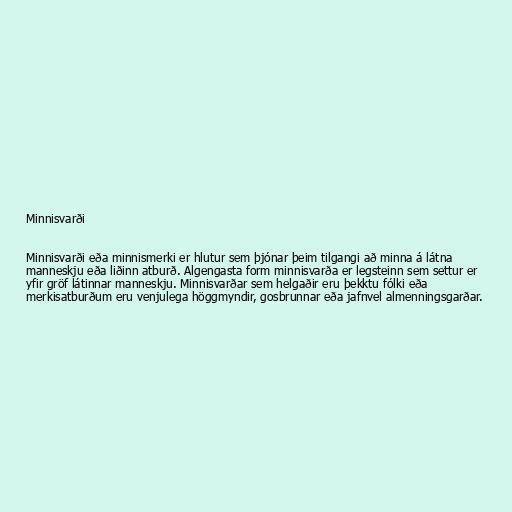
Minnisvarði

Minnisvarði eða minnismerki er hlutur sem þjónar þeim tilgangi að minna á látna
manneskju eða liðinn atburð. Algengasta form minnisvarða er legsteinn sem settur er
yfir gröf látinnar manneskju. Minnisvarðar sem helgaðir eru þekktu fólki eða
merkisatburðum eru venjulega höggmyndir, gosbrunnar eða jafnvel almenningsgarðar.